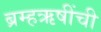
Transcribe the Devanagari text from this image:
ब्रम्हऋषींची